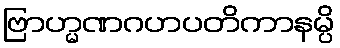
ဗြာဟ္မဏဂဟပတိကာနမ္ပိ